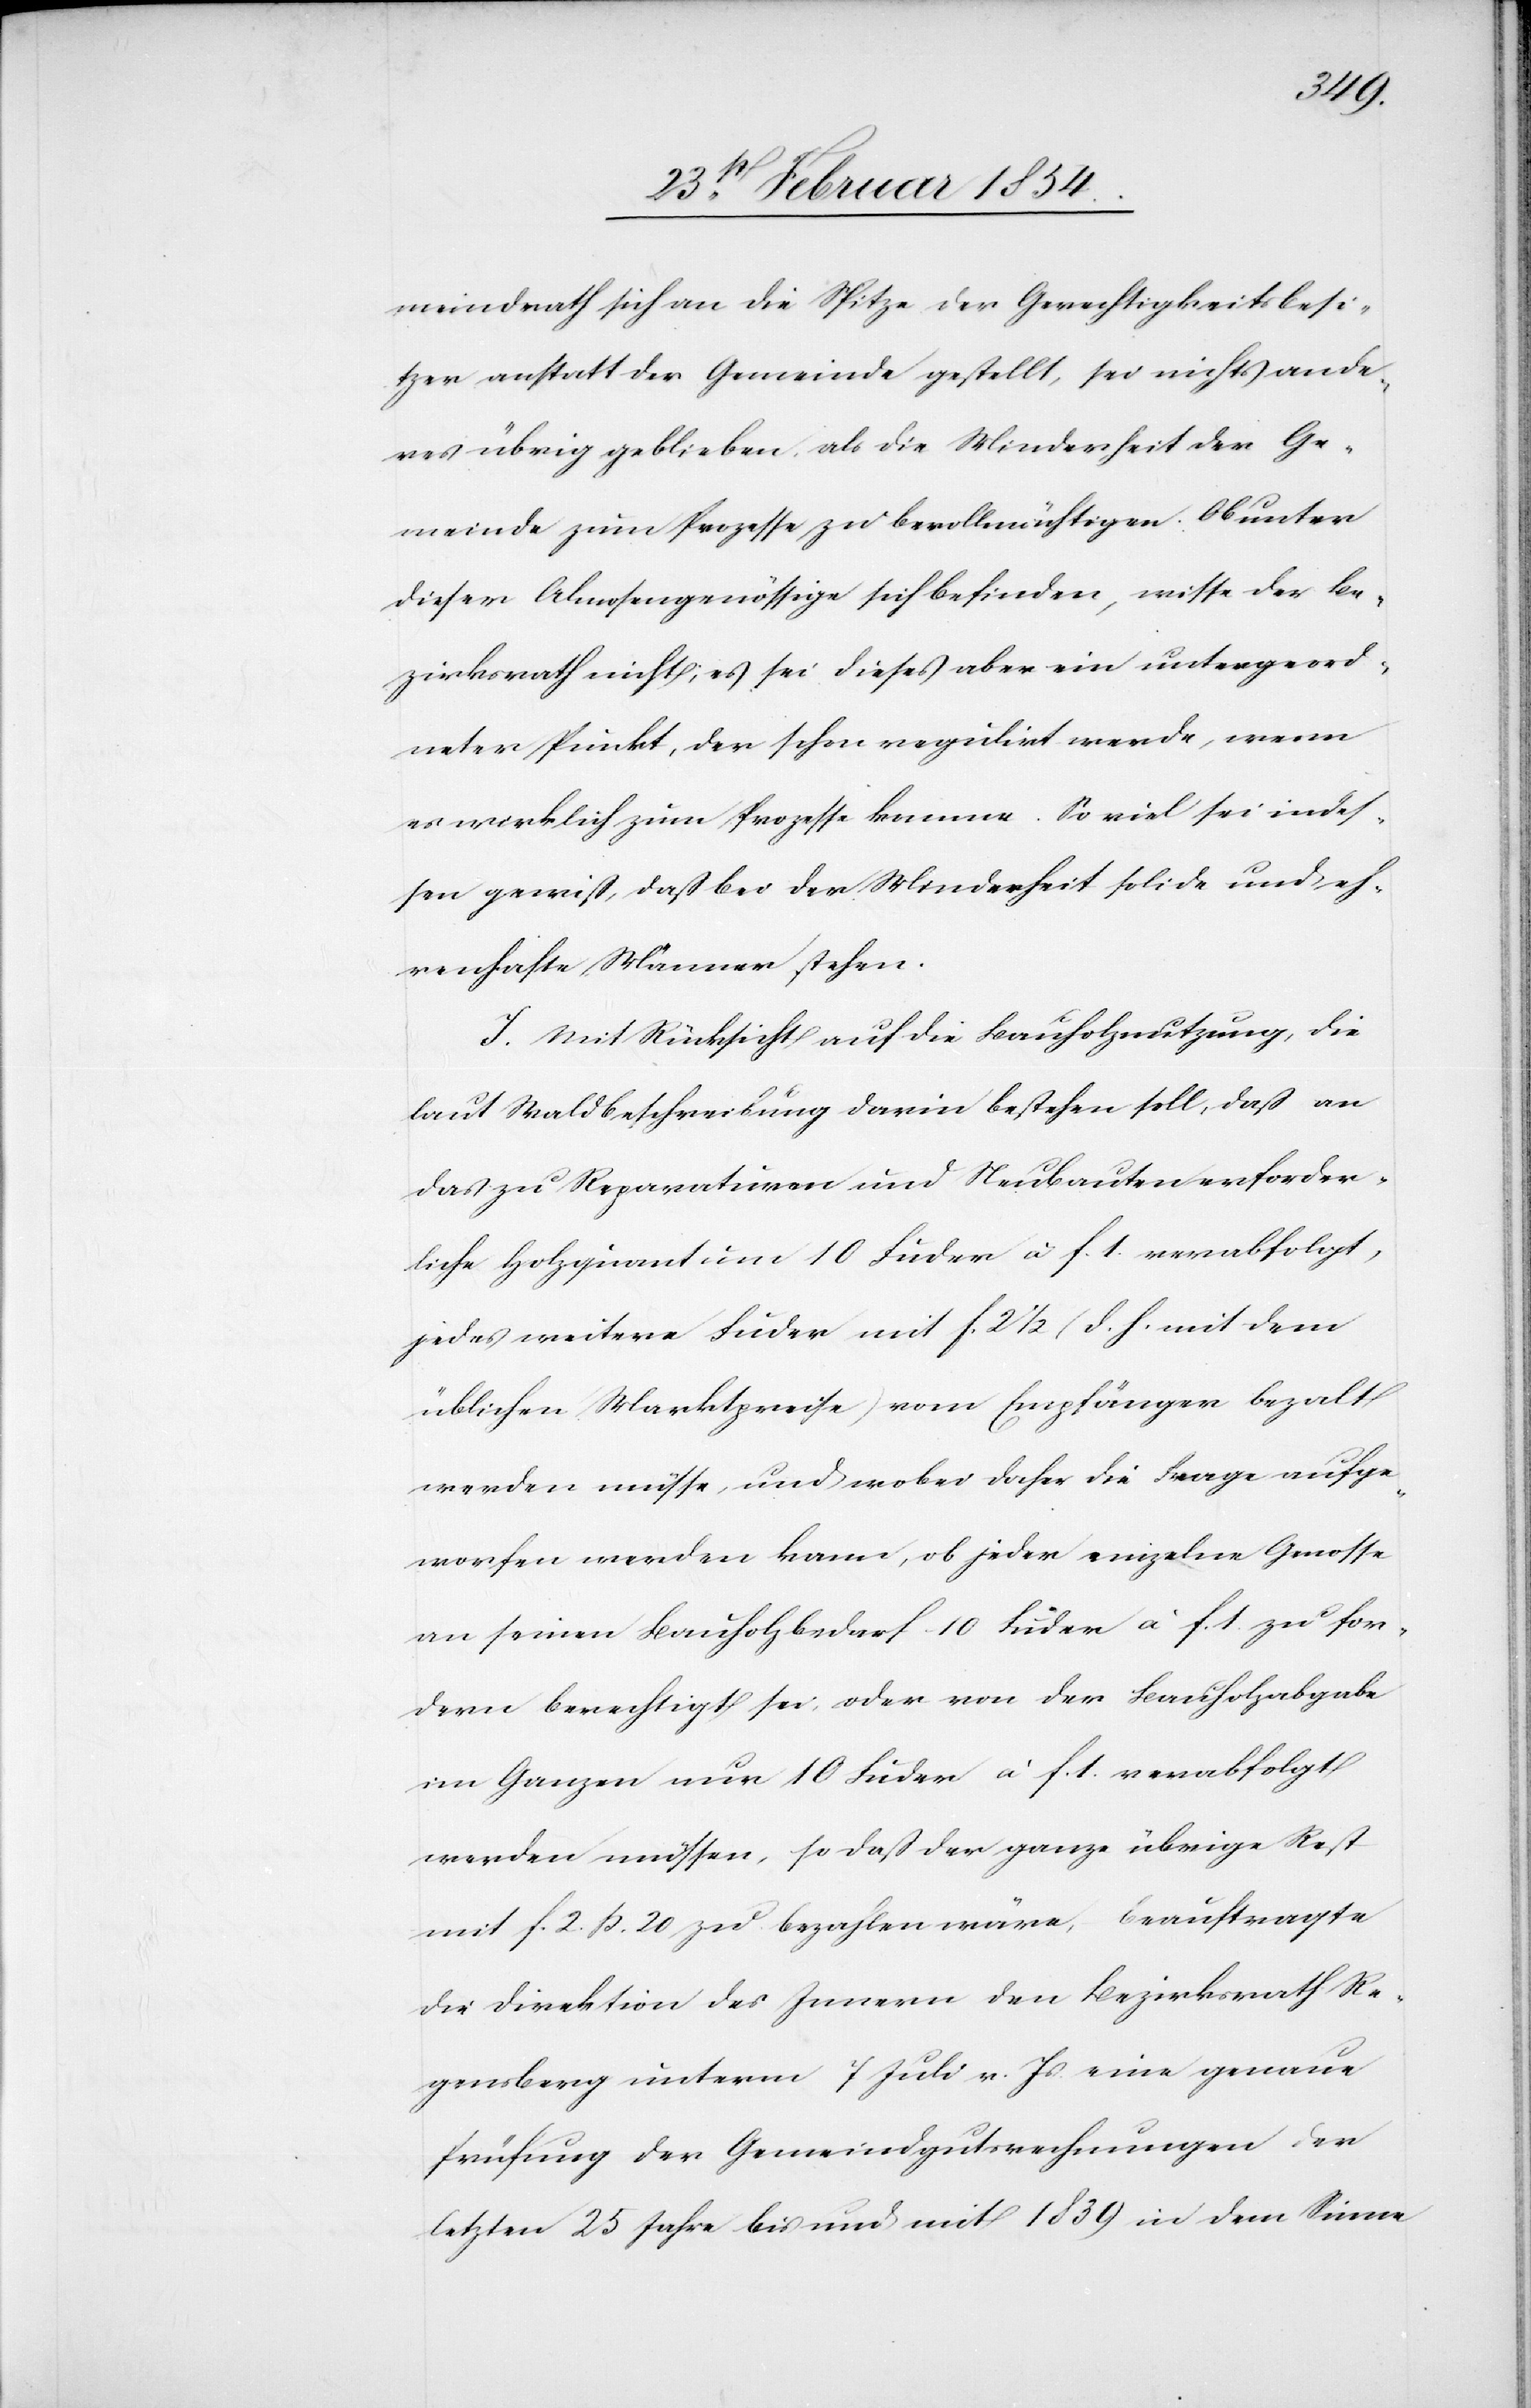
meindrath sich an die Spitze der Gerechtigkeitsbesi¬
tzer anstatt der Gemeinde gestellt, sei nichts ande¬
res übrig geblieben, als die Minderheit der Ge¬
meinde zum Prozesse zu bevollmächtigen. Ob unter
dieser Almosengenössige sich befinden, wisse der Be¬
zirksrath nicht; es sei dieses aber ein untergeord¬
neter Punkt, der schon regulirt werde, wenn
es wirklich zum Prozesse komme. So viel sei indes¬
sen gewiß, daß bei der Minderheit solide und eh¬
renhafte Männer stehen.
I. Mit Rücksicht auf die Bauholznutzung, die
laut Waldbeschreibung darin bestehen soll, daß an
das zu Reparaturen und Neubauten erforder¬
liche Holzquantum 19 Fuder à F. 1. verabfolgt,
jedes weitere Fuder mit F. 2 ½ (d. h. mit dem
üblichen Marktpreise) vom Empfänger bezalt
werden müsse und wobei daher die Frage aufge¬
worfen werden kann, ob jeder einzelne Genosse
an seinen Bauholzbedarf 10 Fuder ä F. 1 zu for¬
dern berechtigt sei, oder von der Bauholzabgabe
im Ganzen nur 10 Fuder à F. 1 verabfolgt
werden müssen, so daß der ganze übrige Rest
mit F. 2 ß. 20 zu bezahlen wäre, beauftrage
die Direktion des Innern den Bezirksrath Re¬
gensberg unterm 7 Juli v. Js. eine genaue
Prüfung der Gemeindgutsrechnungen der
letzten 25 Jahre bis und mit 1839 in dem Sinne